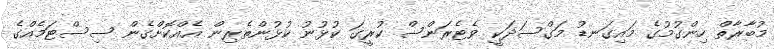
މުބާރާތް ހިންގުމުގެ މައިގަނޑު މަގްސަދަކީ ވެޓެރަންސް ކުރީގަ ކުޅުނު ކުޅުންތެރިން އެއްކޮށްގެން ސިސްޓަމެއްގެ